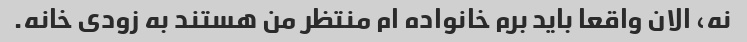
نه، الان واقعا باید برم خانواده ام منتظر من هستند به زودی خانه.